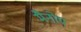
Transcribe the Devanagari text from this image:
मैनोए